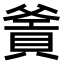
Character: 𤕙